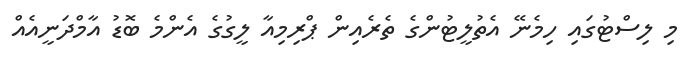
މި ލިސްޓުގައި ހިމެނޭ އެތުލީޓުންގެ ތެރެއިން ޕްރިމިއާ ލީގުގެ އެންމެ ބޮޑު އާމްދަނީއެއް